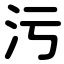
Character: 污